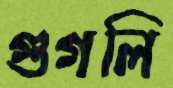
গুগলি